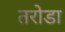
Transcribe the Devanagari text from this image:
तरोडा